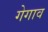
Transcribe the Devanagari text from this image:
गेगाव